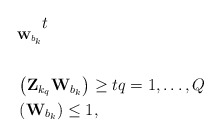
\begin{align*}\begin{aligned}& \underset{\mathbf{W}_{b_k}}{} t \\& \\& \left(\mathbf{Z}_{k_q}\mathbf{W}_{b_k} \right) \geq t q=1, \ldots , Q \\& \left(\mathbf{W}_{b_k} \right) \leq 1, \\\end{aligned}\end{align*}